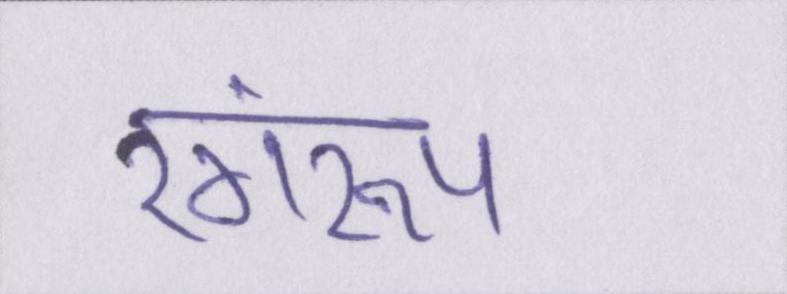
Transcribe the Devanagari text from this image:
रंगरूप